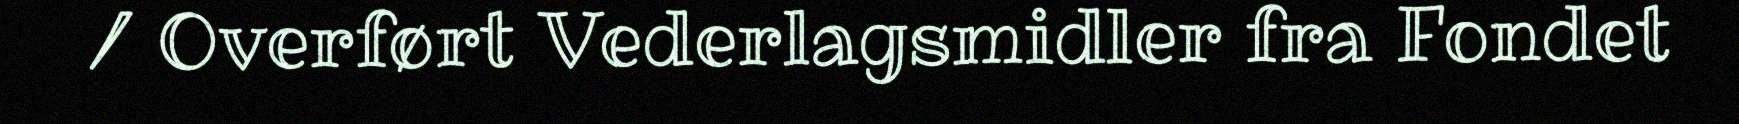
/ Overført Vederlagsmidler fra Fondet